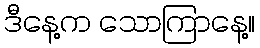
ဒီနေ့က သောကြာနေ့။